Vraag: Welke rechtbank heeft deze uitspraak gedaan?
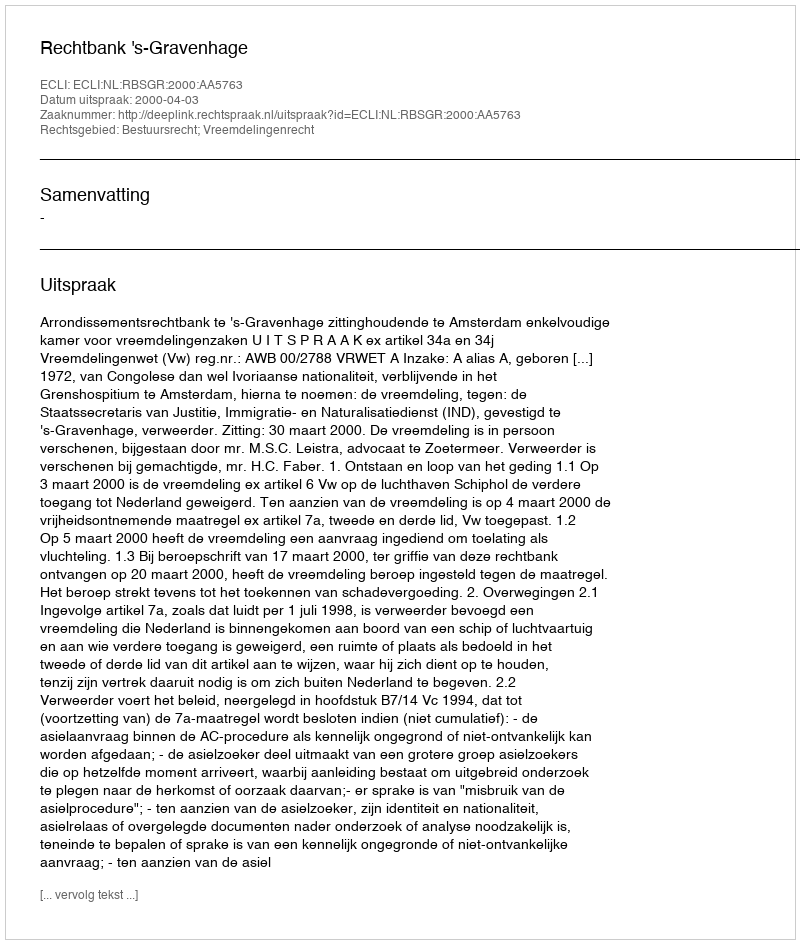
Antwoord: Rechtbank 's-Gravenhage